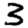
Digit: 3